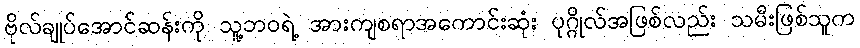
ဗိုလ်ချုပ်အောင်ဆန်းကို သူ့ဘဝရဲ့ အားကျစရာအကောင်းဆုံး ပုဂ္ဂိုလ်အဖြစ်လည်း သမီးဖြစ်သူက